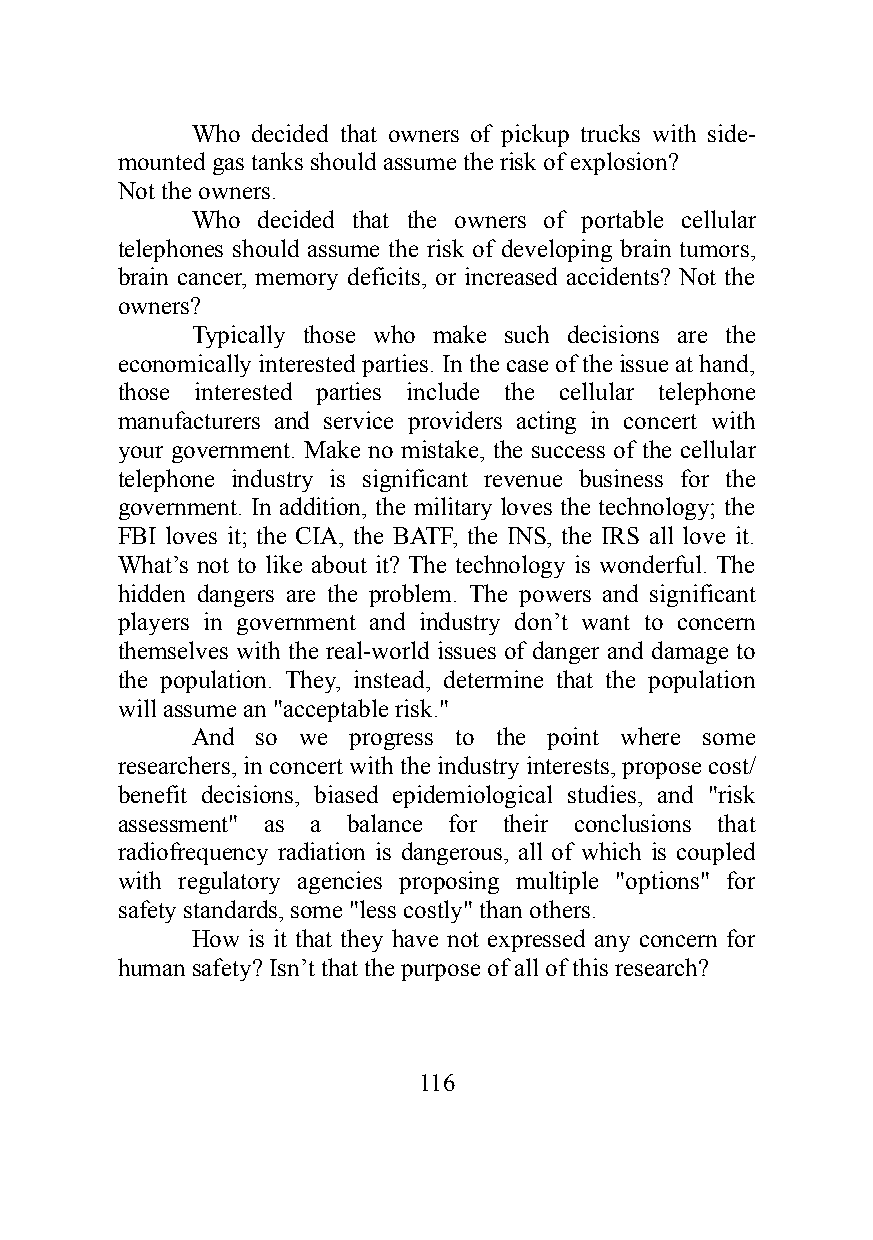
Who decided that owners of pickup trucks with side-
 mounted gas tanks should assume the risk of explosion?
 Not the owners.
 Who decided that the owners of portable cellular
 telephones should assume the risk of developing brain tumors,
 brain cancer, memory deficits, or increased accidents? Not the
 owners?
 Typically those who make such decisions are the
 economically interested parties. In the case of the issue at hand,
 those interested parties include the cellular telephone
 manufacturers and service providers acting in concert with
 your government. Make no mistake, the success of the cellular
 telephone industry is significant revenue business for the
 government. In addition, the military loves the technology; the
 FBI loves it; the CIA, the BATF, the INS, the IRS all love it.
 What’s not to like about it? The technology is wonderful. The
 hidden dangers are the problem. The powers and significant
 players in government and industry don’t want to concern
 themselves with the real-world issues of danger and damage to
 the population. They, instead, determine that the population
 will assume an "acceptable risk."
 And so we progress to the point where some
 researchers, in concert with the industry interests, propose cost/
 benefit decisions, biased epidemiological studies, and "risk
 assessment" as a balance for their conclusions that
 radiofrequency radiation is dangerous, all of which is coupled
 with regulatory agencies proposing multiple "options" for
 safety standards, some "less costly" than others.
 How is it that they have not expressed any concern for
 human safety? Isn’t that the purpose of all of this research?
 116